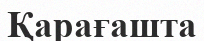
Қарағашта